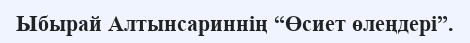
Ыбырай Алтынсариннің “Өсиет өлеңдері”.